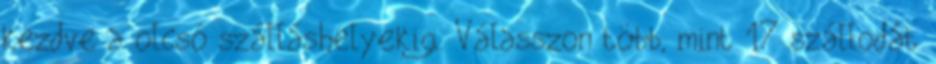
kezdve a olcsó szálláshelyekig. Válasszon több, mint 17 szállodát